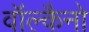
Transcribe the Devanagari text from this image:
वॉल्कैनो